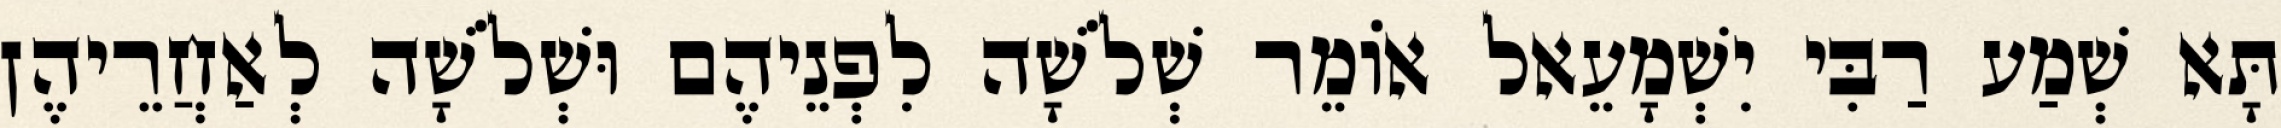
תָּא שְׁמַע רַבִּי יִשְׁמָעֵאל אוֹמֵר שְׁלֹשָׁה לִפְנֵיהֶם וּשְׁלֹשָׁה לְאַחֲרֵיהֶן